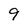
Character: 9